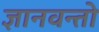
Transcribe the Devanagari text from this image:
ज्ञानवन्तो